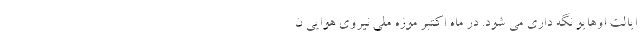
ایالت اوهایو نگه داری می شود. در ماه اکتبر موزه ملی نیروی هوایی ن